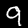
Digit: 9